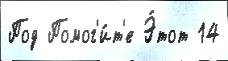
Под Помог'и́т'е Э́тот 14